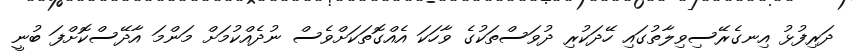
ދަރިފުޅު އިނގެރޭސިވިލާތުގައި ހޭދަކުރި ދުވަސްތަކުގެ ވާހަކަ އެއްގޮތަކަށްވެސް ނުދެއްކުމަށް މަންމަ އާދޭސްކޮށްފަ ބުނީ